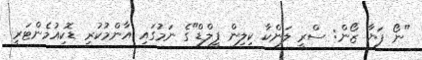
"ނޯ ފަޔާ ޒޯން: ސްރީ ލަންކާ ކިލިން ފީލްޑް"ގެ ނަމުގައި އާންމުކުރި ޑޮކިއުމެންޓަރީ